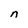
Character: n